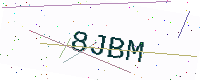
Text: 8JBM